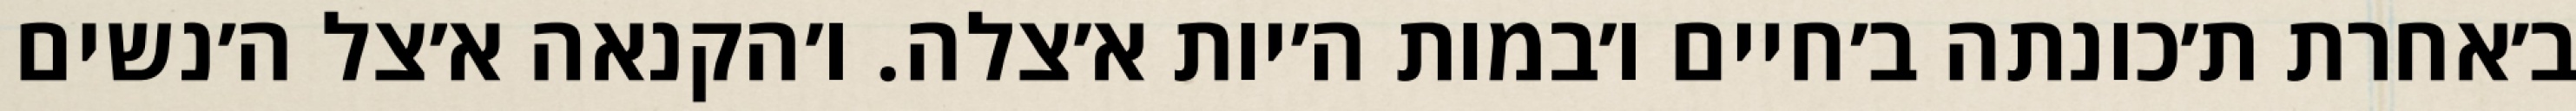
ב׳אחרת ת׳כונתה ב׳חיים ו׳במות ה׳יות א׳צלה. ו׳הקנאה א׳צל ה׳נשים